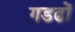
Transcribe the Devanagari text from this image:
गडढों